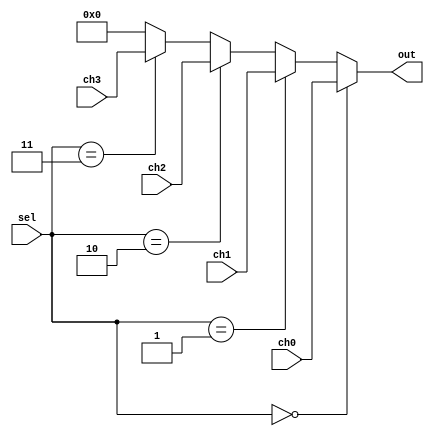
`timescale 1ns / 1ps
//////////////////////////////////////////////////////////////////////////////////
// Company: 
// Engineer: 
// 
// Design Name: 
// Module Name: mux4
// Project Name: 
// Target Devices: 
// Tool Versions: 
// Description: 
// 
// Dependencies: 
// 
// Revision:
// Revision 0.01 - File Created
// Additional Comments:
// 
//////////////////////////////////////////////////////////////////////////////////


module mux4( 
    input [3:0] ch0,
    input [3:0] ch1,
    input [3:0] ch2,
    input [3:0] ch3,
    input [1:0] sel,

    output [3:0] out
);

    // Selector switches decide what data at the input data lines go through to the output (out).
    assign out =    (sel == 0) ? ch0 :
                    (sel == 1) ? ch1 :
                    (sel == 2) ? ch2 :
                    (sel == 3) ? ch3 :
                                4'h0;

endmodule